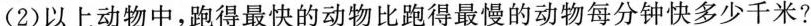
(2)以上动物中，跑得最快的动物比跑得最慢的动物每分钟快多少千米?